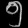
Digit: ၅